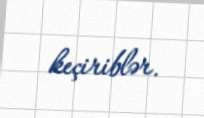
keçiriblər.